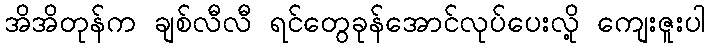
အိအိတုန်က ချစ်လီလီ ရင်တွေခုန်အောင်လုပ်ပေးလို့ ကျေးဇူးပါ